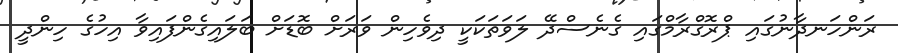
ރަންހަނދާނުގައި ޕްރޮގްރާމްގައި ގެނެސްދޭ ލަވަތަކަކީ ދިވެހިން ވަރަށް ބޮޑަށް ބަލައިގެންފައިވާ އިހުގެ ހިންދީ